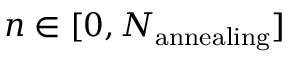
n \in [ 0 , N _ { \mathrm { a n n e a l i n g } } ]